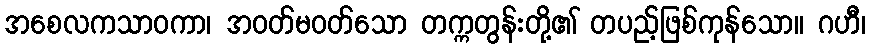
အစေလကသာဝကာ၊ အဝတ်မဝတ်သော တက္ကတွန်းတို့၏ တပည့်ဖြစ်ကုန်သော။ ဂဟီ၊